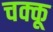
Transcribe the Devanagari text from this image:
चक्कू